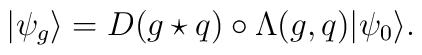
|\psi_g\rangle = D(g\star q)\circ\Lambda(g,q)|\psi_0\rangle.